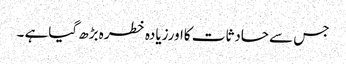
جس سے حادثات کااورزیادہ خطرہ بڑھ گیاہے ۔